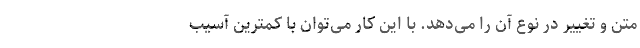
متن و تغییر در نوع آن را می‌دهد. با این کار می‌توان با کمترین آسیب